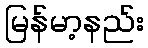
မြန်မာ့နည်း